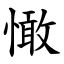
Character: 㦑